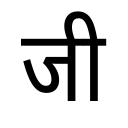
OCR:
जी